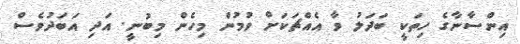
އިންސާނާގެ ހިތަކީ ބަދަލު ވާ އެއްޗަކަށް ވުމުން މިހެން މިބުނީ. އަދި އަބަދުވެސް